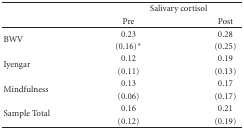
<table><thead><tr><td></td><td colspan="2"><b>Salivary cortisol</b></td></tr><tr><td></td><td><b>Pre</b></td><td><b>Post</b></td></tr></thead><tbody><tr><td rowspan="2">BWV</td><td>0.23</td><td>0.28</td></tr><tr><td>(0.16)*</td><td>(0.25)</td></tr><tr><td rowspan="2">Iyengar</td><td>0.12</td><td>0.19</td></tr><tr><td>(0.11)</td><td>(0.13)</td></tr><tr><td rowspan="2">Mindfulness</td><td>0.13</td><td>0.17</td></tr><tr><td>(0.06)</td><td>(0.17)</td></tr><tr><td rowspan="2">Sample Total</td><td>0.16</td><td>0.21</td></tr><tr><td>(0.12)</td><td>(0.19)</td></tr></tbody></table>